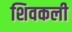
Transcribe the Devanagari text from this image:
शिवकली